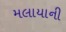
મલાયાની